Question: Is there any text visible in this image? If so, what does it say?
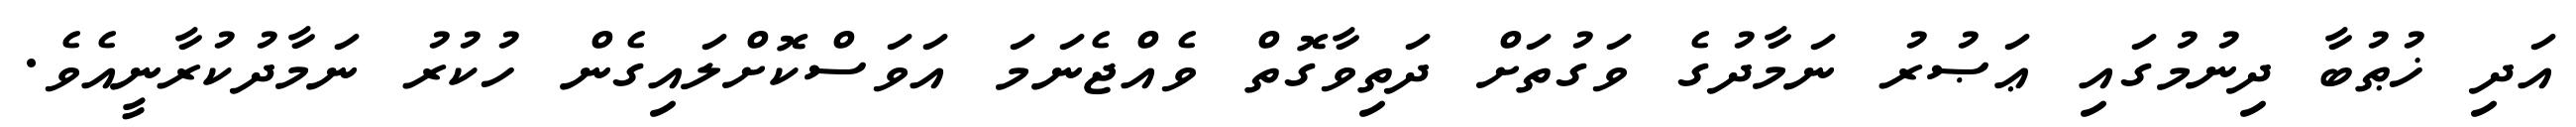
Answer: އަދި ޚުޠުބާ ދިނުމުގައި ޢަޞުރު ނަމާދުގެ ވަގުތަށް ދަތިވާގޮތް ވެއްޖެނަމަ އަވަސްކޮށްލައިގެން ހުކުރު ނަމާދުކުރާނީއެވެ.